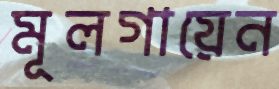
মূলগায়েন